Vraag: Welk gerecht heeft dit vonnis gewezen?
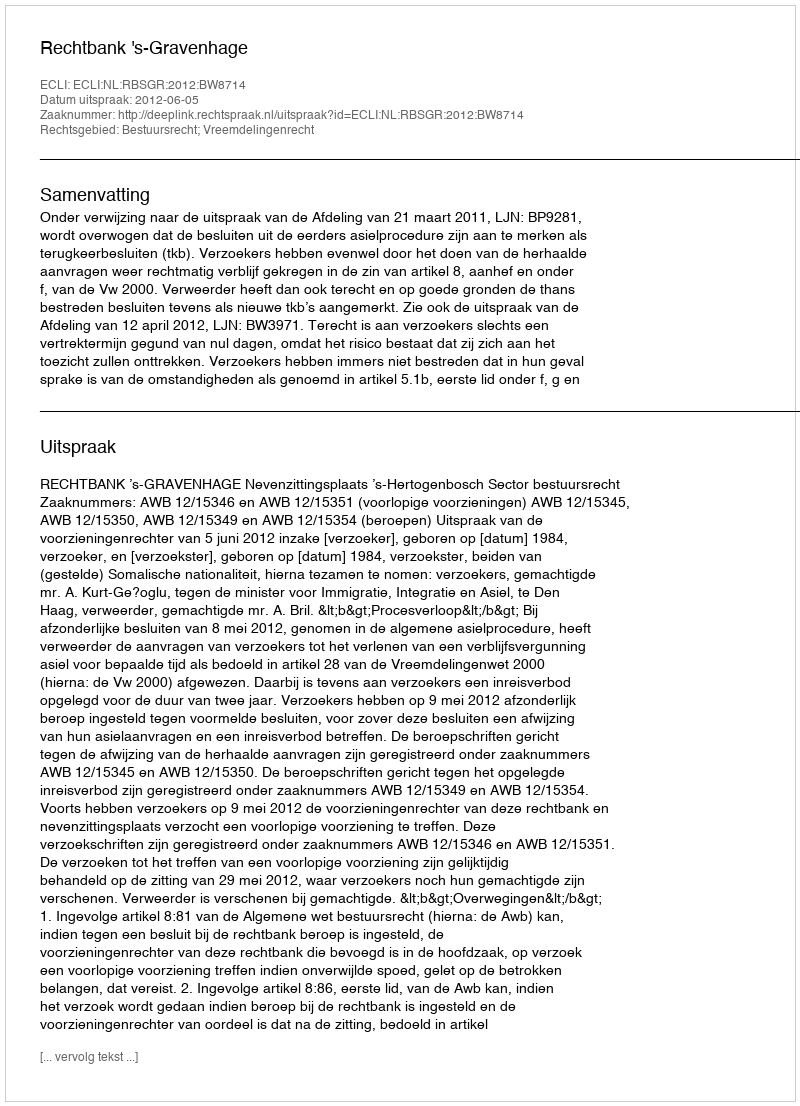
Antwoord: Rechtbank 's-Gravenhage